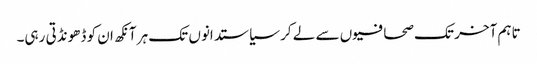
تاہم آخر تک صحافیوں سے لے کر سیاستدانوں تک ہر آنکھ ان کو ڈھونڈتی رہی۔